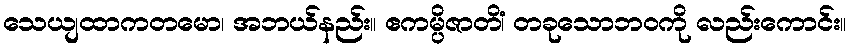
သေယျထာကတမော၊ အဘယ်နည်း။ ဧကမ္ပိဇာတိံ၊ တခုသောဘဝကို လည်းကောင်း။